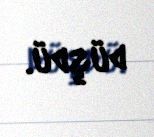
düşdü.